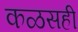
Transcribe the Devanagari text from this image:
कळसही